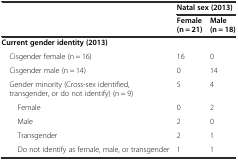
|  | <COLSPAN=2> Natal sex (2013) |
 |  | Female (n = 21) | Male (n = 18) |
 | --- | --- | --- |
 | Current gender identity (2013) |  |  |
 | Cisgender female (n = 16) | 16 | 0 |
 | Cisgender male (n = 14) | 0 | 14 |
 | Gender minority (Cross-sex identified, transgender, or do not identify) (n = 9) | 5 | 4 |
 | Female | 0 | 2 |
 | Male | 2 | 0 |
 | Transgender | 2 | 1 |
 | Do not identify as female, male, or transgender | 1 | 1 |